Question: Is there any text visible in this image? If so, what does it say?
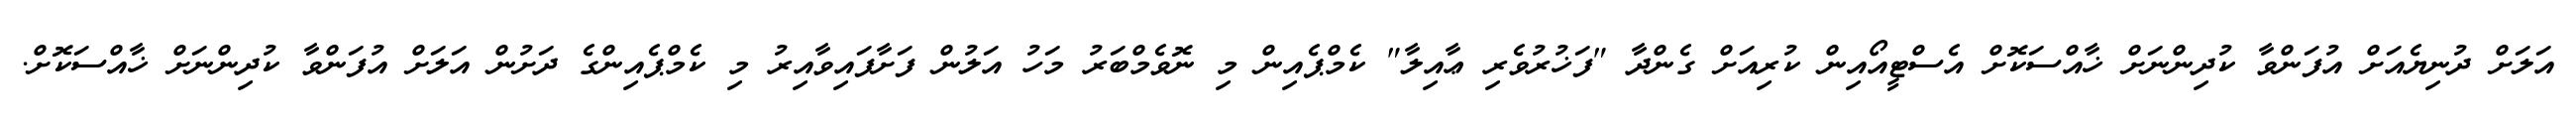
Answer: އަލަށް ދުނިޔެއަށް އުފަންވާ ކުދިންނަށް ޚާއްސަކޮށް އެސްޓީއޯއިން ކުރިއަށް ގެންދާ "ފަޚުރުވެރި ޢާއިލާ" ކެމްޕެއިން މި ނޮވެމްބަރު މަހު އަލުން ފަށާފައިވާއިރު މި ކެމްޕެއިންގެ ދަށުން އަލަށް އުފަންވާ ކުދިންނަށް ޚާއްސަކޮށް.